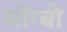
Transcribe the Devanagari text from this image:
योंग्बो